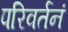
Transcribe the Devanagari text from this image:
परिवर्तनं